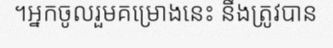
។អ្នកចូលរួមគម្រោងនេះ នឹងត្រូវបាន